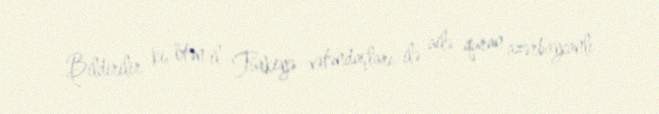
Bildirilir ki, ötən il Türkiyə vətəndaşları ilə ailə quran azərbaycanlı